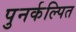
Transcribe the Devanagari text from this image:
पुनर्कल्पित